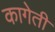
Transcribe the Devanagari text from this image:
कागेती